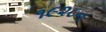
૧૯૨૮ન